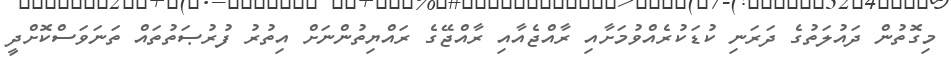
މިގޮތުން ދައުލަތުގެ ދަރަނި ކުޑަކުރެއްވުމަށާއި ރާއްޖެއާއި ރާއްޖޭގެ ރައްޔިތުންނަށް އިތުރު ފުރުޞަތުތައް ތަނަވަސްކޮށްދީ